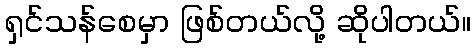
ရှင်သန်စေမှာ ဖြစ်တယ်လို့ ဆိုပါတယ်။